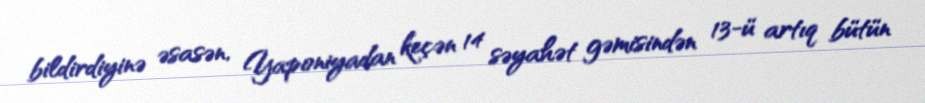
bildirdiyinə əsasən, Yaponiyadan keçən 14 səyahət gəmisindən 13-ü artıq bütün